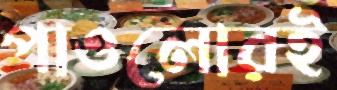
পাওলোরই